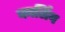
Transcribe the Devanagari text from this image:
कार्लिग